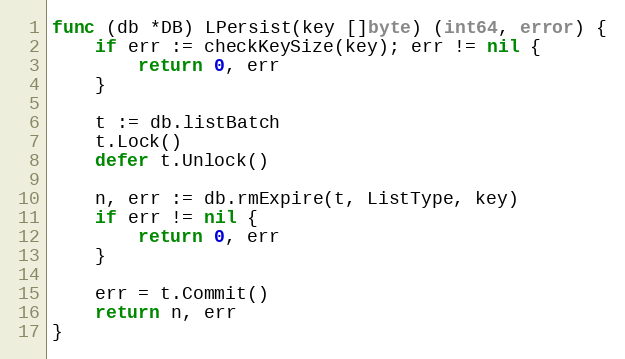
Language: Go
func (db *DB) LPersist(key []byte) (int64, error) {
	if err := checkKeySize(key); err != nil {
		return 0, err
	}

	t := db.listBatch
	t.Lock()
	defer t.Unlock()

	n, err := db.rmExpire(t, ListType, key)
	if err != nil {
		return 0, err
	}

	err = t.Commit()
	return n, err
}